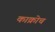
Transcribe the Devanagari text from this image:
काक्रोच